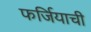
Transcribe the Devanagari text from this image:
फर्जियाची